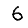
Digit: 6